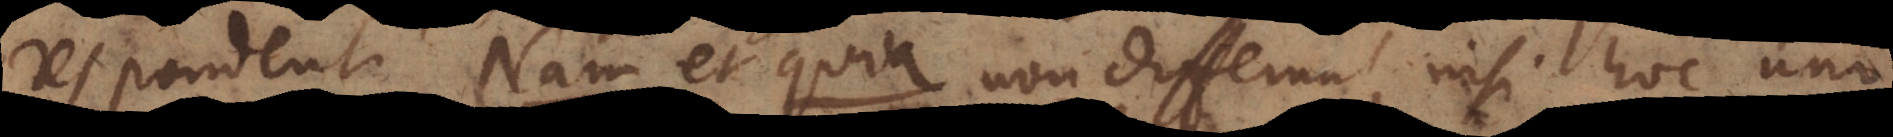
respondent, Nam et quia non differunt, nisi hoc uno